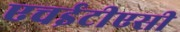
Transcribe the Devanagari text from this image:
एचईटीएसी